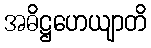
အဓိဋ္ဌဟေယျာတိ